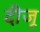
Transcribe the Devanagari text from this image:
दीजू